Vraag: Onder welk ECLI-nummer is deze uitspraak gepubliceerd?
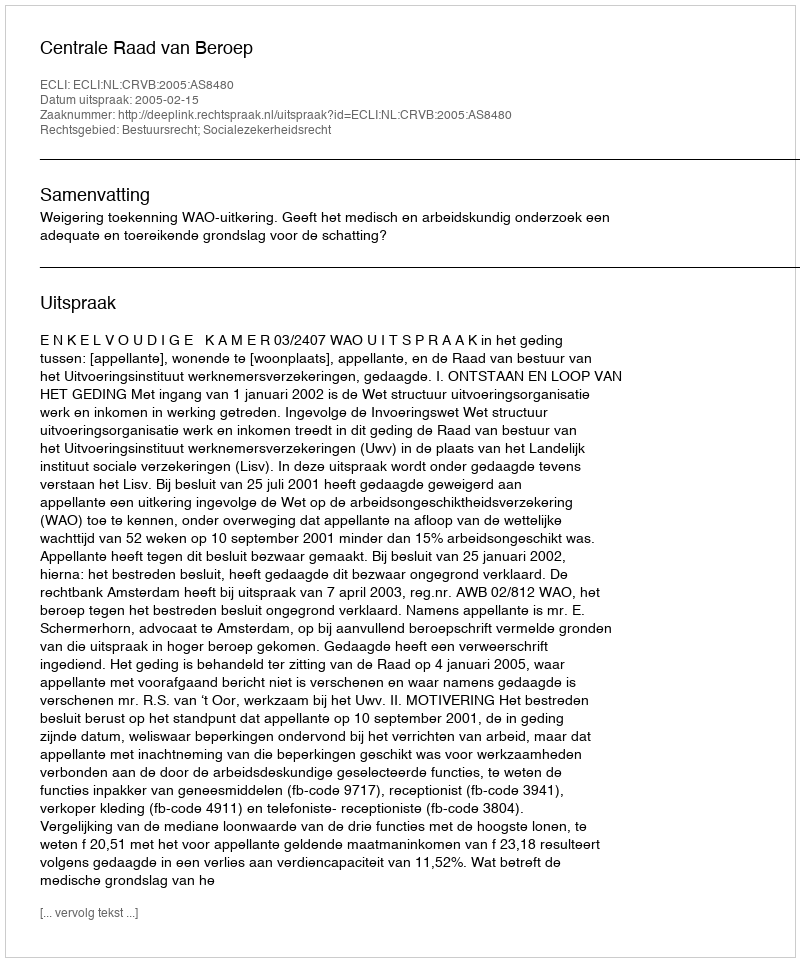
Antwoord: ECLI:NL:CRVB:2005:AS8480